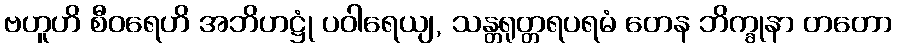
ဗဟူဟိ စီဝရေဟိ အဘိဟဋ္ဌုံ ပဝါရေယျ, သန္တရုတ္တရပရမံ တေန ဘိက္ခုနာ တတော